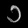
Digit: ၁